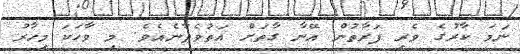
ނަމަ ކާރުގެ ވެރި ފަރާތުން އޭނާ ގާތަށް އަތުވެދާނެއެވެ. މި ވާހަކަ މިހާރު